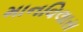
માનવિલાસ